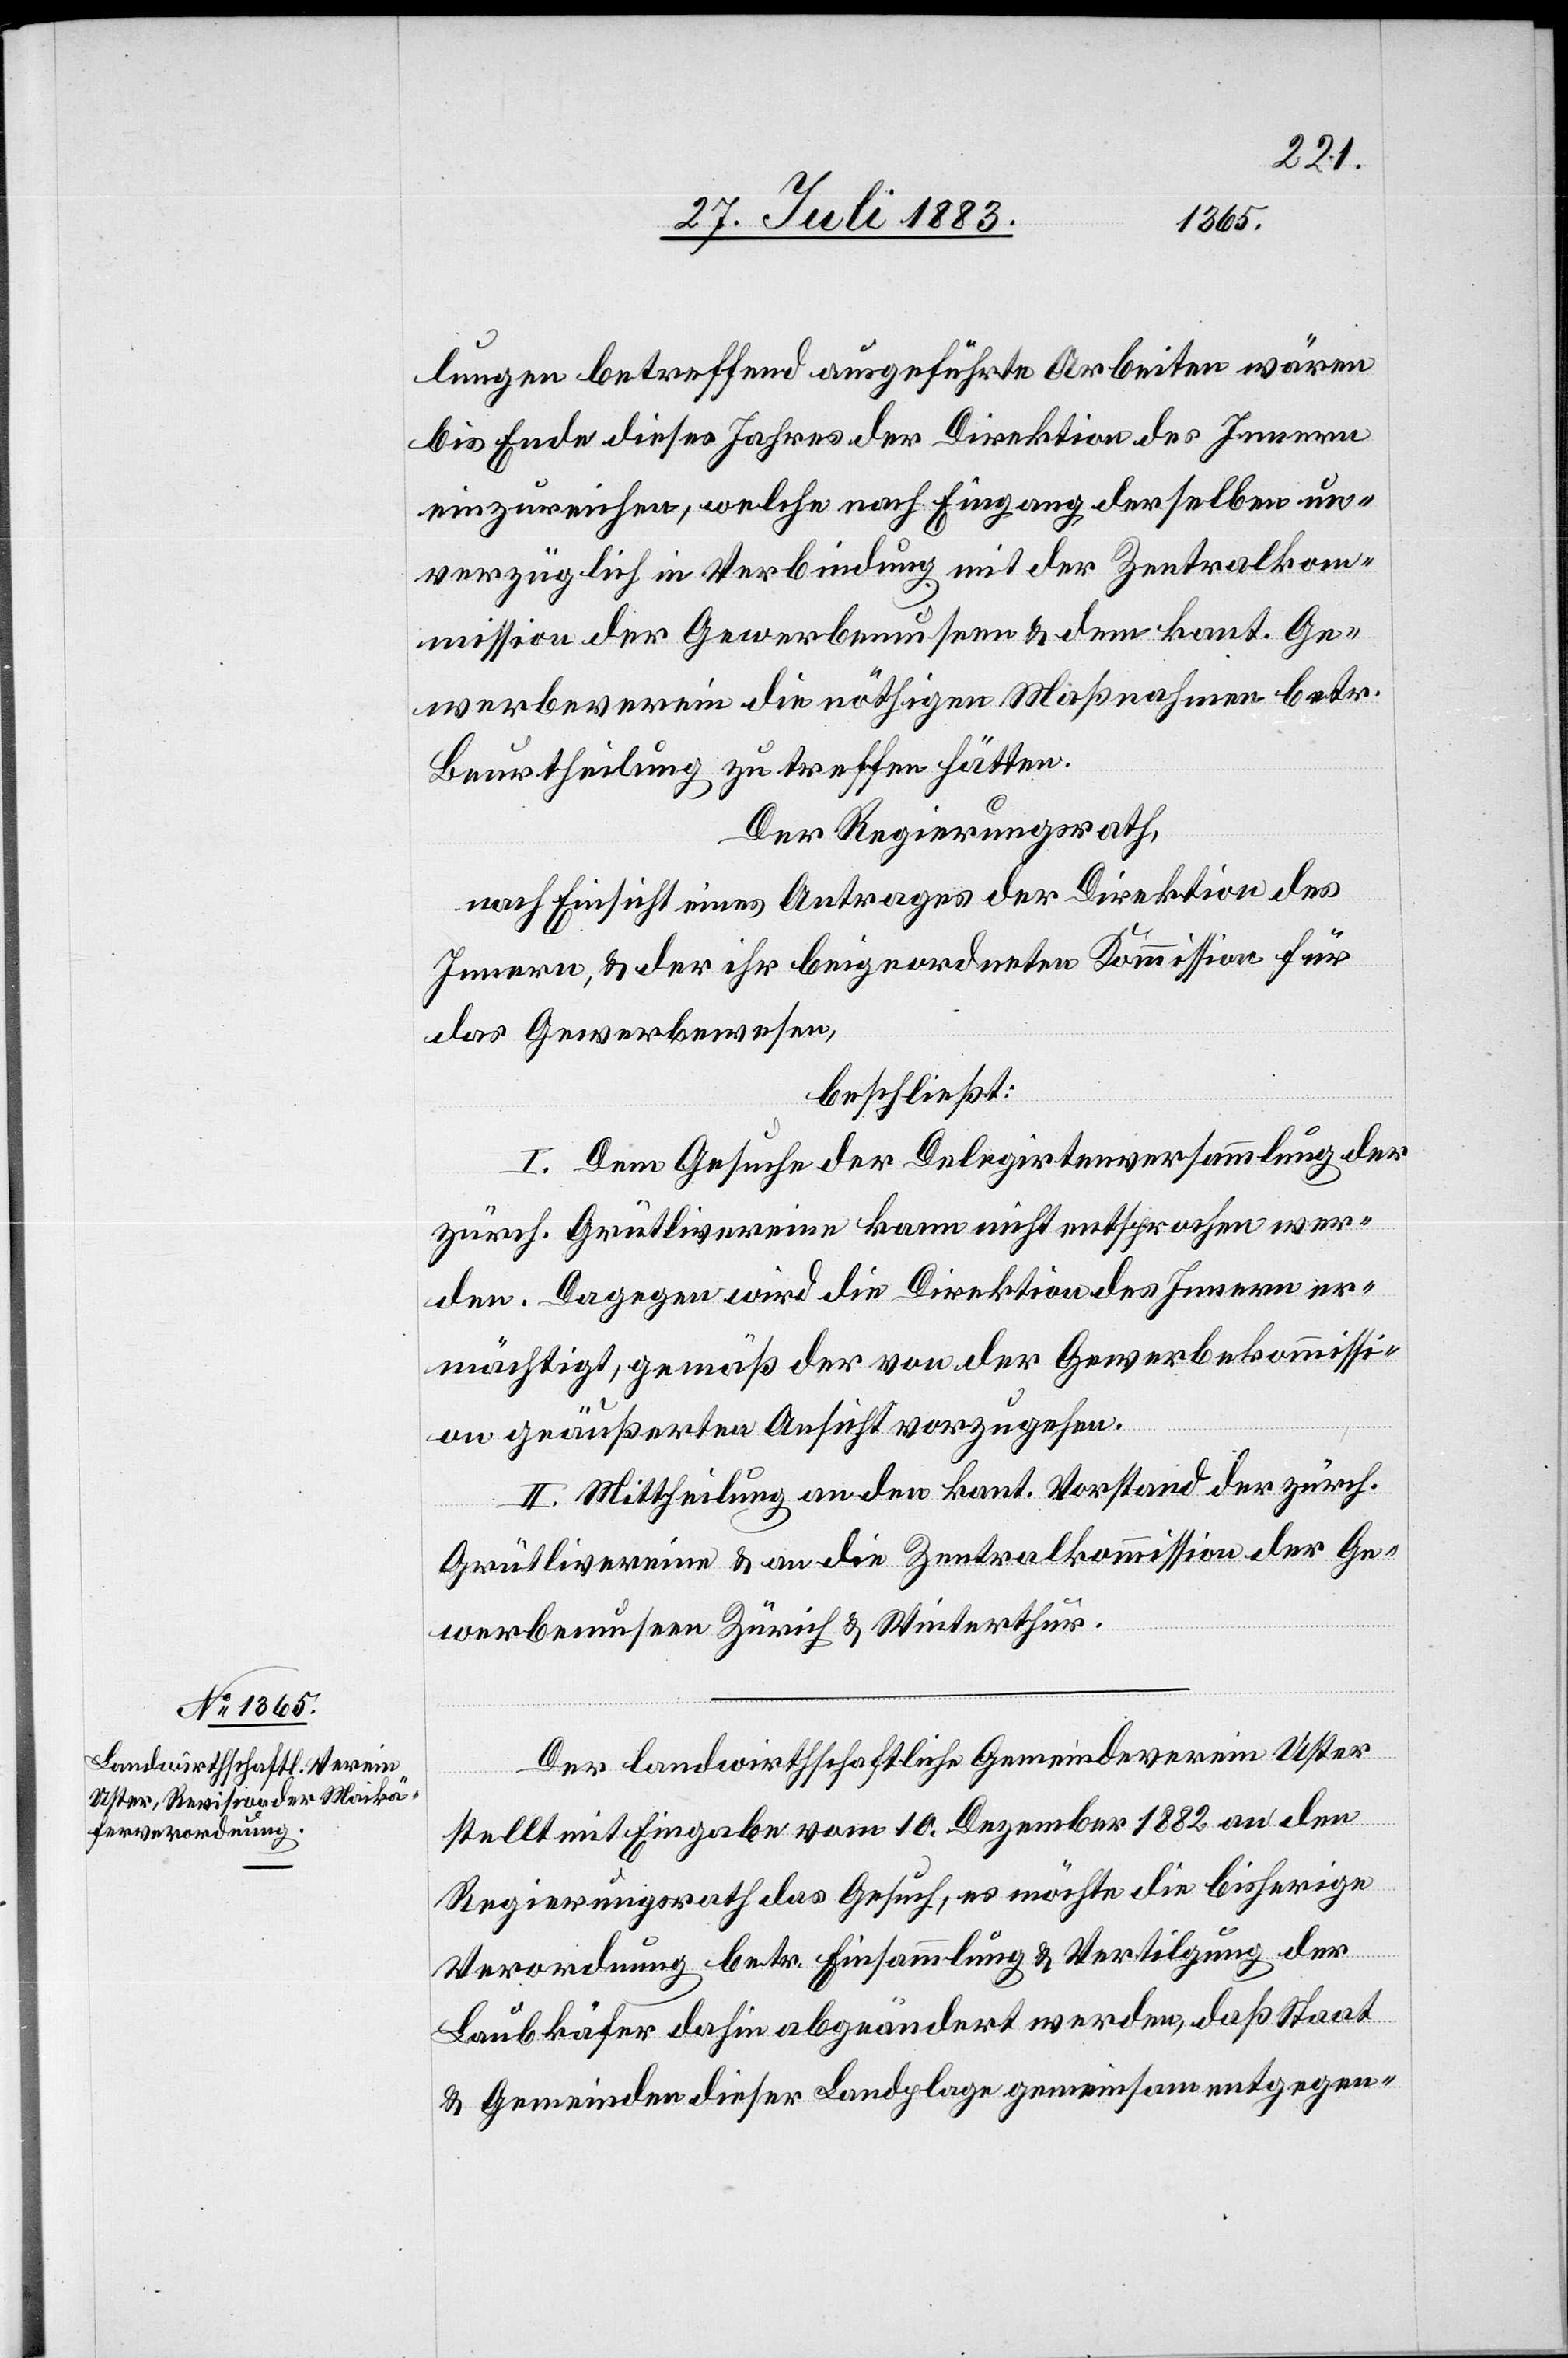
lungen betreffend ausgeführte Arbeiten wären
bis Ende dieses Jahres der Direktion des Innern
einzureichen, welche nach Eingang derselben un¬
verzüglich in Verbindung mit der Zentralkom¬
mission der Gewerbemuseen & dem kant. Ge¬
werbeverein die nöthigen Maßnahmen betr.
Beurtheilung zu treffen hätte.
Der Regierungsrath,
nach Einsicht eines Antrages der Direktion des
Innern, & der ihr beigeordneten Kommission für
das Gewerbewesen,
beschließt:
I. Dem Gesuche der Delegirtenversammlung der
zürch. Grütlivereine kann nicht entsprochen wer¬
den. Dagegen wird die Direktion des Innern er¬
mächtigt, gemäß der von der Gewerbekommissi¬
on geäußerten Ansicht vorzugehen.
II. Mittheilung an den kant. Vorstand der zürch.
Grütlivereine & an die Zentralkommission der Ge¬
werbemuseen Zürich & Winterthur.
Der landwirthschaftliche Gemeindeverein Uster
stellt mit Eingabe vom 10. Dezember 1882 an den
Regierungsrath das Gesuch, es möchte die bisherigen
Verordnung betr. Einsammlung & Vertilgung der
Laubkäfer [sic!] dahin abgeändert werden, daß Staat
& Gemeinden dieser Landplage gemeinsam entgegen-